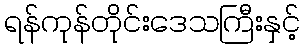
ရန်ကုန်တိုင်းဒေသကြီးနှင့်